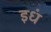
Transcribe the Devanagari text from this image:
इधं